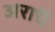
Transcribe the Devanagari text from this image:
अराधै